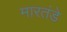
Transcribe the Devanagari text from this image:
मारतंडे